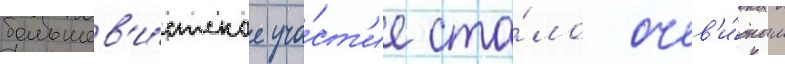
большев'и́стское уча́ст'ие ста́ло очев'и́дным